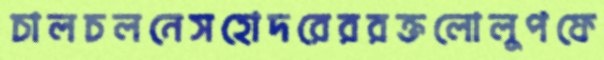
চালচলনেসহোদরেররক্তলোলুপফে